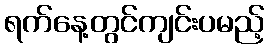
ရက်နေ့တွင်ကျင်းပမည့်